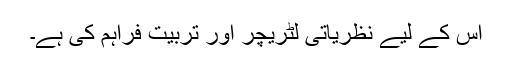
اس کے لیے نظریاتی لٹریچر اور تربیت فراہم کی ہے۔